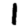
Digit: 1